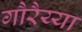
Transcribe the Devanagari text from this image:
गौरैय्या